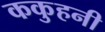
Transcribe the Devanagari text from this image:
ककुहनी